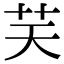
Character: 𦬞